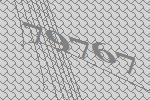
79767